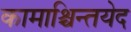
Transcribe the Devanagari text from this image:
कामाश्चिन्तयेद